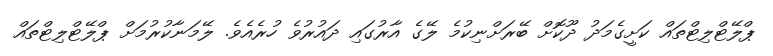
ޕްލޭޓްލިޓްތައް ކަށީގެމަދު ދޫކޮށް ބޭރަށްނިކުމެ ލޭގެ އާރުގައި ދައުރުވެ ހުރެއެވެ. ލޭމަނާކުރުމަށް ޕްލޭޓްލިޓްތައް